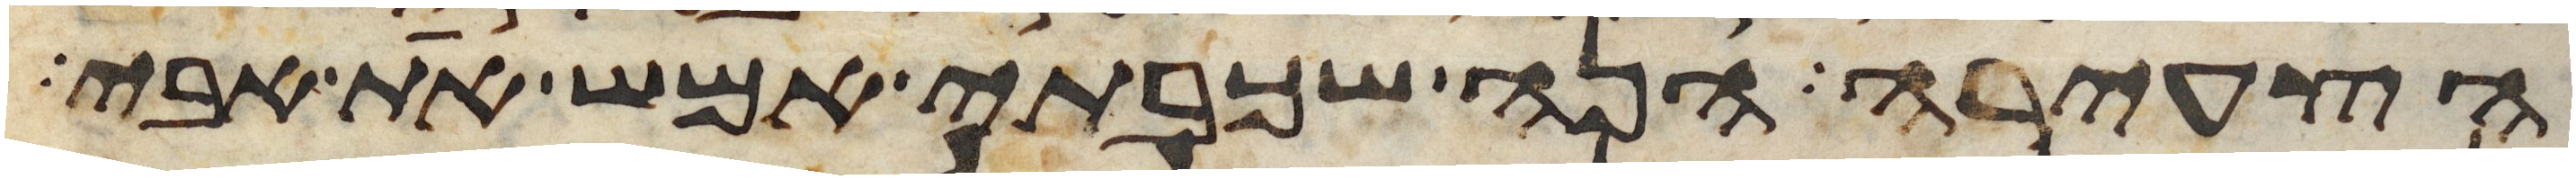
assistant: הצעירה הנה שכבתי אמש את אבי